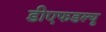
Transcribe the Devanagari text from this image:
डीएफडल्‍यू